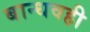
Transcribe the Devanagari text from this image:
बान्धवही